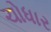
ચોધાર